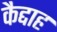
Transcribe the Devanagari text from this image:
कैद्दाह